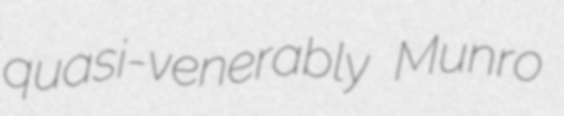
quasi-venerably Munro